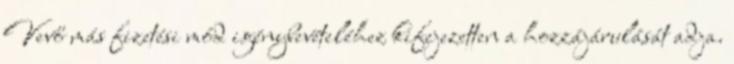
Vevő más fizetési mód igénybevételéhez kifejezetten a hozzájárulását adja.